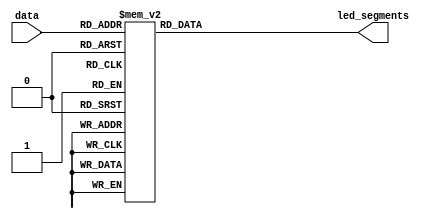
`default_nettype none

module sevenseg(
    input [3: 0] data, 
    output reg [6: 0] led_segments
);
    // 
    
    always @ (*)
    begin
        case(data)
            0:          led_segments = 7'b100_0000;
            1:          led_segments = 7'b111_1001;
            2:          led_segments = 7'b010_0100;
            3:          led_segments = 7'b011_0000;
            4:          led_segments = 7'b001_1001;
            5:          led_segments = 7'b001_0010;
            6:          led_segments = 7'b000_0010;
            7:          led_segments = 7'b111_1000;
            8:          led_segments = 7'b000_0000;
            9:          led_segments = 7'b001_0000;
            default:    led_segments = 7'b100_0000;  
            //  1
        endcase
    end

endmodule